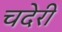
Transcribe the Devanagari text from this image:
चदेरी